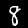
Digit: 8